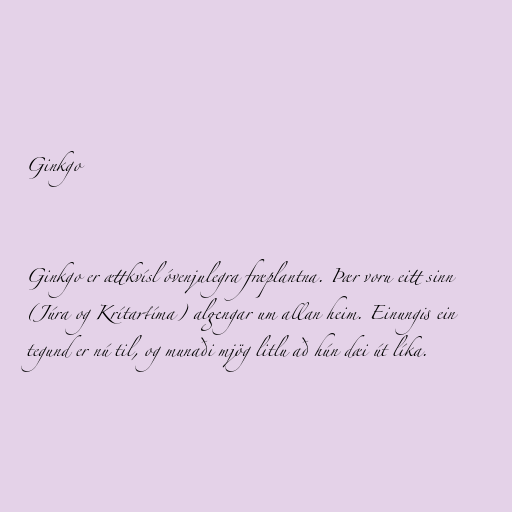
Ginkgo

Ginkgo er ættkvísl óvenjulegra fræplantna. Þær voru eitt sinn
(Júra og Krítartíma) algengar um allan heim. Einungis ein
tegund er nú til, og munaði mjög litlu að hún dæi út líka.